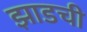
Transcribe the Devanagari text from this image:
झाडची